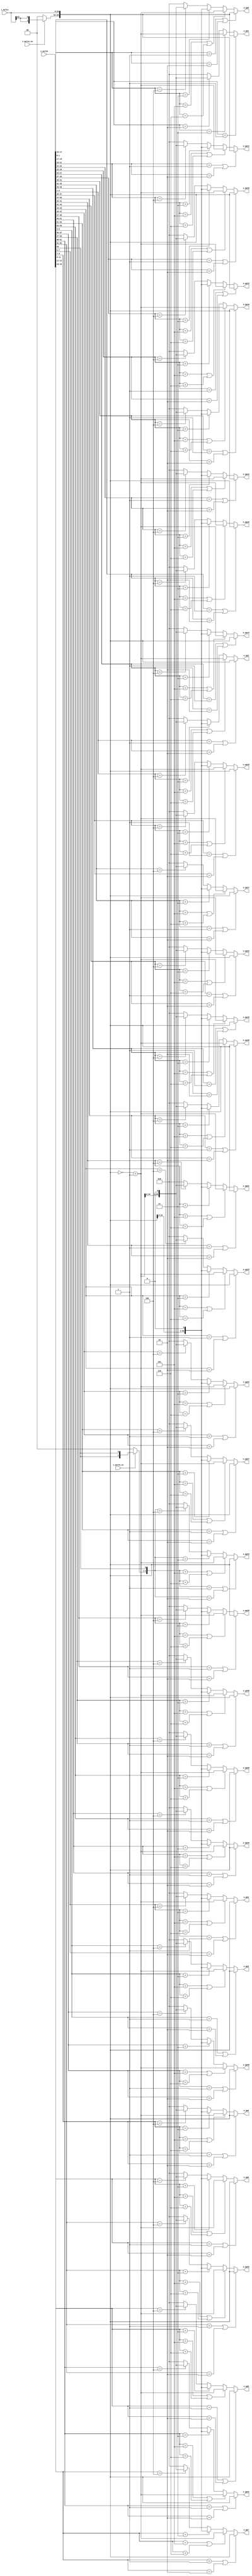
`timescale 1ns/10ps

module booth_r4_64x64 
(
  input  wire        i_multa_ns, // 0-multa is unsigned, 1-multa is signed
  input  wire        i_multb_ns, // 0-multb is unsigned, 1-multb is signed
  input  wire [63:0] i_multa   , // Multiplicand
  input  wire [63:0] i_multb   , // Multipler
  output wire [65:0] o_pp1     , // partial products
  output wire [65:0] o_pp2     ,
  output wire [65:0] o_pp3     ,
  output wire [65:0] o_pp4     ,
  output wire [65:0] o_pp5     ,
  output wire [65:0] o_pp6     ,
  output wire [65:0] o_pp7     ,
  output wire [65:0] o_pp8     ,
  output wire [65:0] o_pp9     ,
  output wire [65:0] o_pp10    ,
  output wire [65:0] o_pp11    ,
  output wire [65:0] o_pp12    ,
  output wire [65:0] o_pp13    ,
  output wire [65:0] o_pp14    ,
  output wire [65:0] o_pp15    ,
  output wire [65:0] o_pp16    ,
  output wire [65:0] o_pp17    ,
  output wire [65:0] o_pp18    ,
  output wire [65:0] o_pp19    ,
  output wire [65:0] o_pp20    ,
  output wire [65:0] o_pp21    ,
  output wire [65:0] o_pp22    ,
  output wire [65:0] o_pp23    ,
  output wire [65:0] o_pp24    ,
  output wire [65:0] o_pp25    ,
  output wire [65:0] o_pp26    ,
  output wire [65:0] o_pp27    ,
  output wire [65:0] o_pp28    ,
  output wire [65:0] o_pp29    ,
  output wire [65:0] o_pp30    ,
  output wire [65:0] o_pp31    ,
  output wire [65:0] o_pp32    ,
  output wire [65:0] o_pp33    
);

// sign bit extend, for unsigned operator extended by 0, for signed operator extended by orignal sign bit
wire [1:0] sig_exta = ~i_multa_ns ? 2'b00 : {2{i_multa[63]}};
wire [1:0] sig_extb = ~i_multb_ns ? 2'b00 : {2{i_multb[63]}};

// generat -x, -2x, 2x for Booth encoding
wire [65:0] x     =  {sig_exta, i_multa};
wire [65:0] x_c   = ~x + 1;    // -x, complement code of x
wire [65:0] xm2   =  x << 1;   // 2*x
wire [65:0] x_cm2 =  x_c << 1; // -2*x

//        18 17         [16 15 14 13 12 11 10 9 8 7 6 5 4 3 2 1]     0  
//        |---|          |------------------------------------|      |
// extended sign bits              orignal operator             appended bit for encoding
wire [66:0] y     =  {sig_extb, i_multb, 1'b0};

// calculating partial product based on Booth Radix-4 encoding
wire [65:0] pp[32:0];
generate
  genvar i;
  for(i=0; i<66; i=i+2) begin : GEN_PP
    assign pp[i/2] = (y[i+2:i] == 3'b001 || y[i+2:i] == 3'b010) ? x     :
                     (y[i+2:i] == 3'b101 || y[i+2:i] == 3'b110) ? x_c   :
        	     (y[i+2:i] == 3'b011                      ) ? xm2   :
        	     (y[i+2:i] == 3'b100                      ) ? x_cm2 : 66'b0;
  end
endgenerate
assign o_pp1   = pp[0];
assign o_pp2   = pp[1];
assign o_pp3   = pp[2];
assign o_pp4   = pp[3];
assign o_pp5   = pp[4];
assign o_pp6   = pp[5];
assign o_pp7   = pp[6];
assign o_pp8   = pp[7];
assign o_pp9   = pp[8];
assign o_pp10  = pp[9];
assign o_pp11  = pp[10];
assign o_pp12  = pp[11];
assign o_pp13  = pp[12];
assign o_pp14  = pp[13];
assign o_pp15  = pp[14];
assign o_pp16  = pp[15];
assign o_pp17  = pp[16];
assign o_pp18  = pp[17];
assign o_pp19  = pp[18];
assign o_pp20  = pp[19];
assign o_pp21  = pp[20];
assign o_pp22  = pp[21];
assign o_pp23  = pp[22];
assign o_pp24  = pp[23];
assign o_pp25  = pp[24];
assign o_pp26  = pp[25];
assign o_pp27  = pp[26];
assign o_pp28  = pp[27];
assign o_pp29  = pp[28];
assign o_pp30  = pp[29];
assign o_pp31  = pp[30];
assign o_pp32  = pp[31];
assign o_pp33  = pp[32];

endmodule